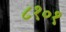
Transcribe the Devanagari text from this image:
८१०१